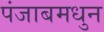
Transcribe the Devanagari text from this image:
पंजाबमधुन